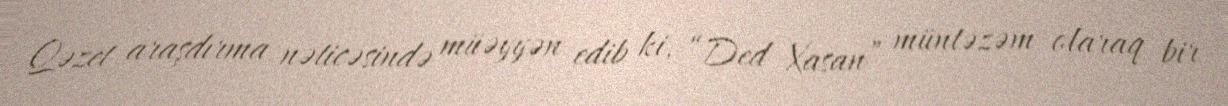
Qəzet araşdırma nəticəsində müəyyən edib ki, “Ded Xasan” müntəzəm olaraq bir